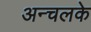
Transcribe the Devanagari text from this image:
अन्चलके